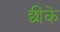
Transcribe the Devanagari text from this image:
छींकें